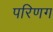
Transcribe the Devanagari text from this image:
परिणग